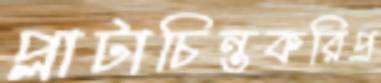
প্লাটাচিন্তকরিপ্র